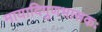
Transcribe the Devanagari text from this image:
मायादिगुणभासकः